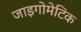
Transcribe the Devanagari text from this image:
जाइगोमेटिक